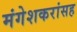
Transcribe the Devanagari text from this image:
मंगेशकरांसह